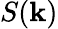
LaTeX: S(\mathbf{k})